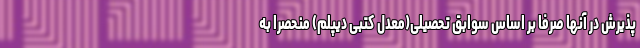
پذیرش در آنها صرفا بر اساس سوابق تحصیلی(معدل کتبی دیپلم) منحصرا به